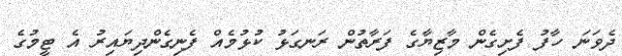
ދެވަނަ ހާފު ފެށިގެން މާޒިޔާގެ ފަރާތުން ރަނގަޅު ކުޅުމެއް ފެނިގެންދިޔައިރު އެ ޓީމުގެ